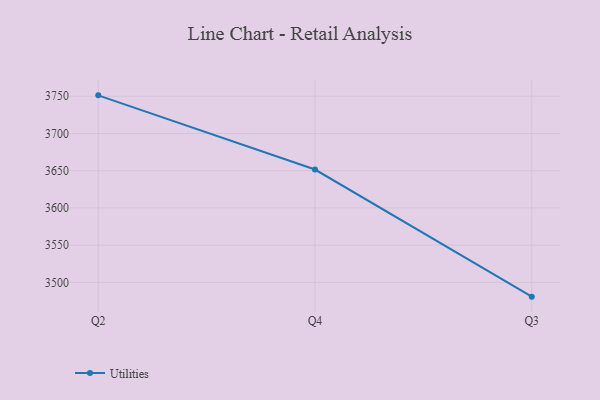
{"axis": {"x": "Quarter", "y": "Operating Costs (USD K)"}, "legend": ["Utilities"], "data": [{"x": "Q2", "y": 3751.2, "type": "Utilities"}, {"x": "Q4", "y": 3651.6, "type": "Utilities"}, {"x": "Q3", "y": 3480.9, "type": "Utilities"}]}